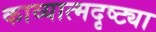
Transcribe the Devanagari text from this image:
काव्यात्मदृष्ट्या